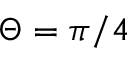
\Theta = \pi / 4